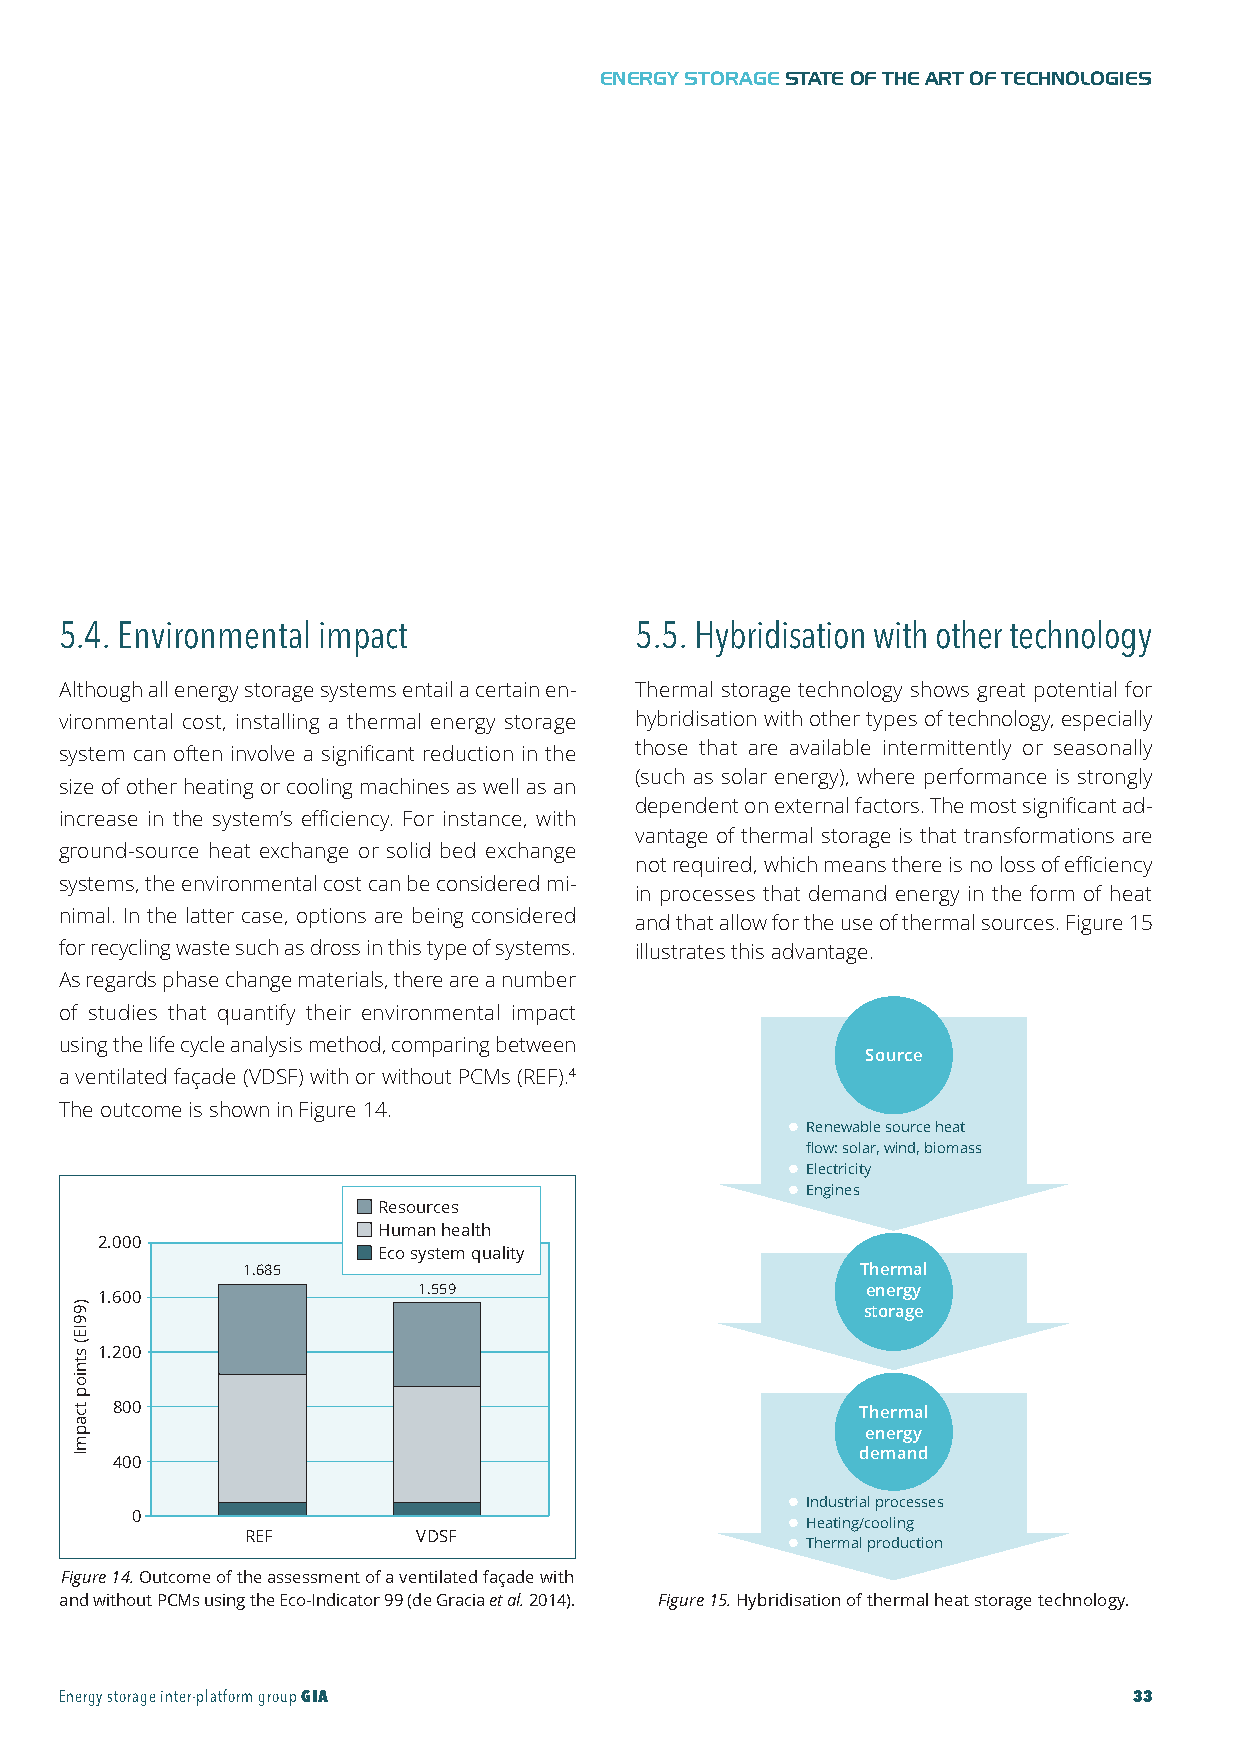
GIA-Maqueta-ENG 18/11/2015 10:05 Página 33
 ENERGY STORAGESTATE OF THE ART OF TECHNOLOGIES
 5.4. Environmental impact             5.5. Hybridisation with other technology
 Although all energy storage systems entail a certain en- Thermal storage technology shows great potential for
 vironmental cost, installing a thermal energy storage hybridisation with other types of technology, especially
 system can often involve a significant reduction in the those that are available intermittently or seasonally
 (such as solar energy), where performance is strongly
 size of other heating or cooling machines as well as an
 dependent on external factors. The most significant ad-
 increase in the system’s efficiency. For instance, with
 vantage of thermal storage is that transformations are
 ground-source heat exchange or solid bed exchange
 not required, which means there is no loss of efficiency
 systems, the environmental cost can be considered mi-
 in processes that demand energy in the form of heat
 nimal. In the latter case, options are being considered
 and that allow for the use of thermal sources. Figure 15
 for recycling waste such as dross in this type of systems. illustrates this advantage.
 As regards phase change materials, there are a number
 of studies that quantify their environmental impact
 using the life cycle analysis method, comparing between
 Source
 a ventilated façade (VDSF) with or without PCMs (REF).4
 The outcome is shown in Figure 14.
 l Renewable source heat
 flow: solar, wind, biomass
 l Electricity
 l
 l Engines
 Resources
 Human health
 2.000
 Eco system quality
 1.685                                    Thermal
 1.559                        energy
 1.600
 storage
 1.200
 800                                               Thermal
 energy
 demand
 400
 l Industrial processes
 0                                          l Heating/cooling
 REF        VDSF                     l Thermal production
 Figure14.Outcome of the assessment of a ventilated façade with
 and without PCMs using the Eco-Indicator 99 (de Gracia et al. 2014). Figure15.Hybridisation of thermal heat storage technology.
 Energy storage inter-platform groupGIA                                 33
 )99IE(
 stniop
 tcapmI